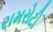
રામરોટી